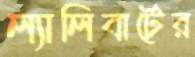
ল্যালিবার্টের